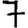
Digit: 7